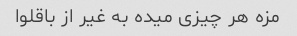
مزه هر چیزی میده به غیر از باقلوا